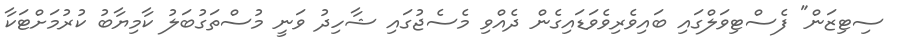
ސިޓިޒަން" ފެސްޓިވަލްގައި ބައިވެރިވެވަޑައިގެން ދެއްވި މެސެޖުގައި ޝާހިދު ވަނީ މުސްތަގުބަލު ކާމިޔާބު ކުރުމަށްޓަކާ